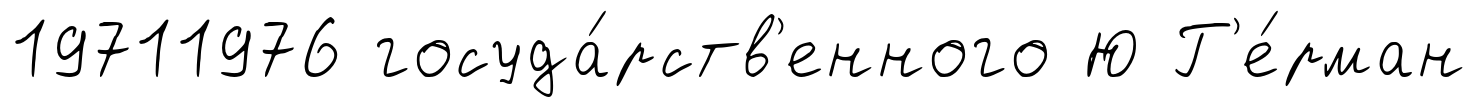
19711976 госуда́рств'енного Ю Г'е́рман